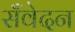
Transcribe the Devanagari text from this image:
सँवेदन